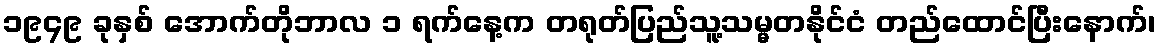
၁၉၄၉ ခုနှစ် အောက်တိုဘာလ ၁ ရက်နေ့က တရုတ်ပြည်သူ့သမ္မတနိုင်ငံ တည်ထောင်ပြီးနောက်၊